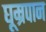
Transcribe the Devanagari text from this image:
घूम्रपान